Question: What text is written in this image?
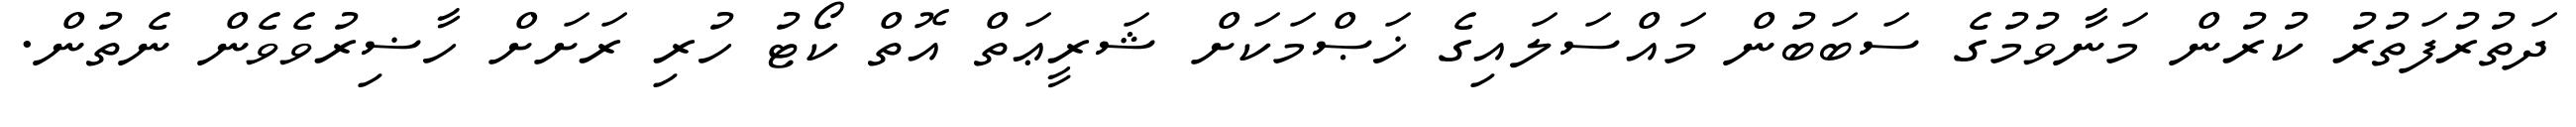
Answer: ދަތުރުފަތުރު ކުރުން މަނާވުމުގެ ސަބަބުން މައްސަލައިގެ ޚަޞްމަކަށް ޝަރީޢަތް އޮތް ކޯޓު ހުރި ރަށަށް ހާޟިރުވެވެން ނެތުން.